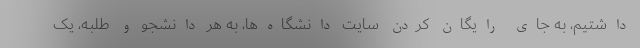
داشتیم، به جای رایگان کردن سایت دانشگاه‌ها، به هر دانشجو و طلبه، یک